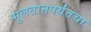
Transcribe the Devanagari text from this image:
मुलतानपर्यंतचा